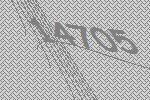
14705